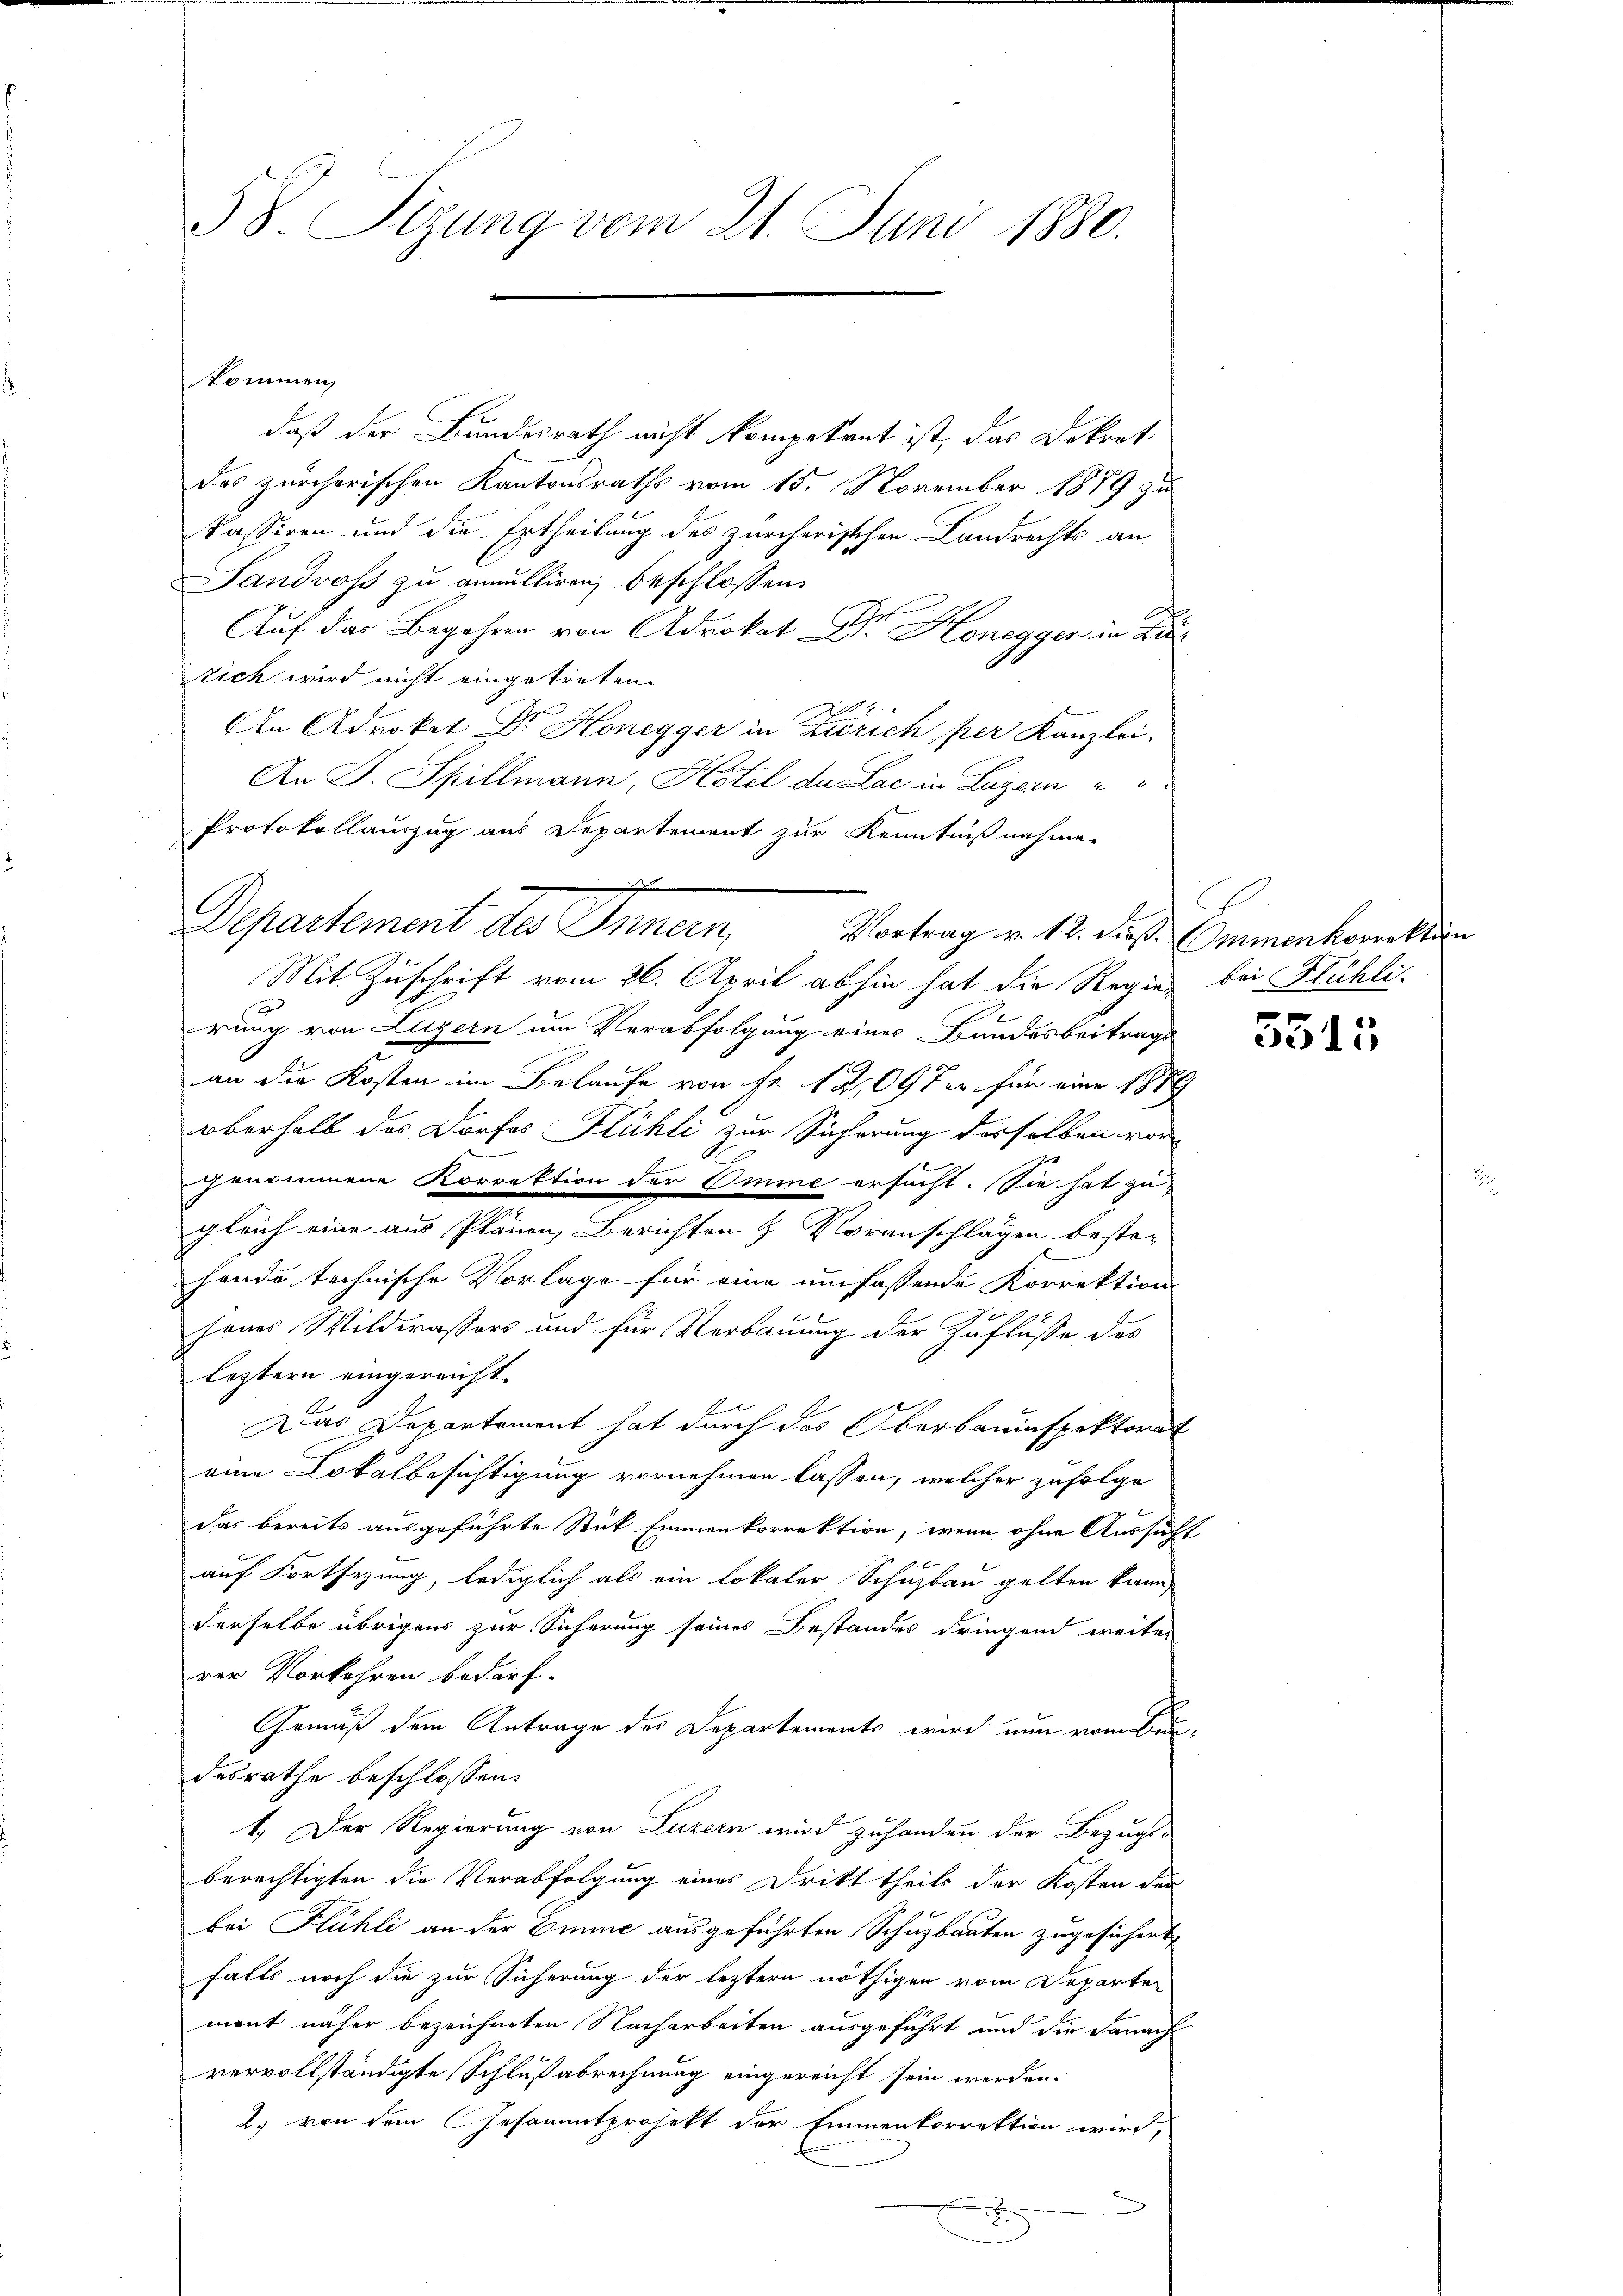
58. Sizung vom 21. Juni 1880.

kommen,

daß der Bundesrath nicht kompetent ist, das Dekret
des zürcherischen Kantonsraths vom 15. November 1879 zu
Passiren und die Ertheilung des zürcherischen Landrechts an
Landvoss zu annulliren, beschlossen:
Auf das Begehren von Advokat Dr. Honegger in Zus
zich wird nicht eingetreten.
An Advokat Dr. Honegger in Zürich per Kanzlei-
An J. Spillmann, Kotel du Lac in Luzern
Protokollauszug aus Departement zur Kenntnißnahme.
Mit Zuschrift vom 26. April abhin hat die Regien bei Flühli
rung von Luzern um Verabfolgung eines Bundesbeitrags
an die Kosten im Belaufe von Fr. 12,097 er für eine 1889
Oberhalb des Dorfes Flühli zur Sicherung derselben vor-
genommene Korrektion der Imme ersucht. Sie hat zu
gleich eine aus Plänen, Berichten & Voranschlägen bester
hande technische Vorlage für eine umfassende Korrektion
b
senes Wildwassers und für Verbauung der Zuflüsse des
leztern eingereicht.
Das Departement hat durch das Oberbauinspektorat
eine Lokalbesichtigung vornehmen lassen, welcher zufolge
das bereits ausgeführte Stick Emmenkorrektion, wenn ohne Aussucht
auf Fortsezung, lediglich als ein lokaler Schuzbau gelten kann,
derselbe übrigens zur Sicherung seines Bestandes dringend weiter
rer Vorkehren bedarf.
Gemäß dem Antrage des Departements wird nun vom Bundesrathe beschlossen:
1.) Der Regierung von Luzern wird zuhanden der Bezugs-
berechtigten die Verabfolgung eines Dritt theils der Kosten der
bei Flühli an der Omme ausgeführten Schuzbauten zugesichert,
falls noch die zur Sicherung der leztern nöthigen vom Departen
mont näher bezeichneten Nacharbeiten ausgeführt und die Danach
vervollständigte Schlußabrechnung eingereicht sein werden.
2.) von dem Gesammtprojekt der Emmenkorrektion wird,
e

d
l
Departement des Innern,

Vortrag v. 18. dieß. Emmenkorrektion

3513